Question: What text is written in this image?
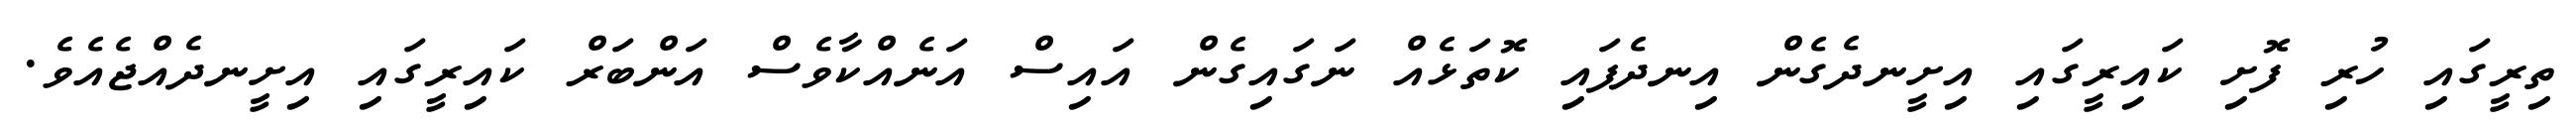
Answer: ތިރީގައި ހުރި ފޮށި ކައިރީގައި އިށީނދެގެން އިނދެފައި ކޮތަޅެއް ނަގައިގެން އައިސް އަނެއްކާވެސް އަންބަރް ކައިރީގައި އިށީނދެއްޖެއެވެ.